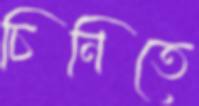
চিনিতে